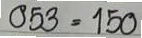
053 = 150